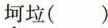
坷垃( )